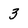
Character: 3